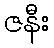
ဇနီး